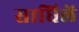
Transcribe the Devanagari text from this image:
साधिलें